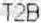
T2B